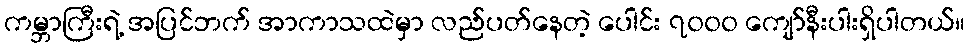
ကမ္ဘာကြီးရဲ့ အပြင်ဘက် အာကာသထဲမှာ လည်ပတ်နေတဲ့ ပေါင်း ၇၀၀၀ ကျော်နီးပါးရှိပါတယ်။